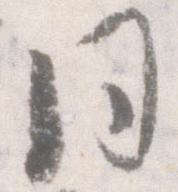
同